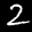
Label: 2